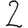
Digit: 2